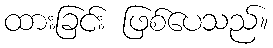
ထားခြင်း ဖြစ်ပေသည်။